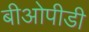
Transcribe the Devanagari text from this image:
बीओपीडी